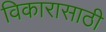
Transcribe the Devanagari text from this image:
विकारासाठी